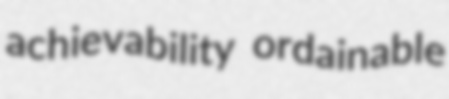
achievability ordainable